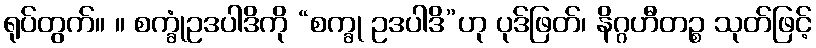
ရုပ်တွက်။ ။ စက္ခုံဥဒပါဒိကို “စက္ခု ဥဒပါဒိ”ဟု ပုဒ်ဖြတ်၊ နိဂ္ဂဟီတဉ္စ သုတ်ဖြင့်